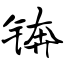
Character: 锛